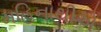
મહિનાથીએ